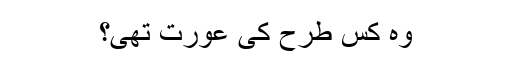
وہ کس طرح کی عورت تھی؟